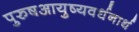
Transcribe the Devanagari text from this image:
पुरुषआयुष्यवर्धनार्थ